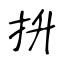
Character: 抍